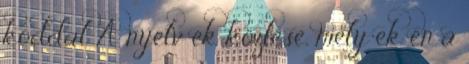
kóddal A nyelv ek közlése, mely ek en a